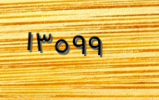
١٣٥٩٩